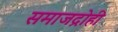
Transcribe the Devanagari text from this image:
समाजद्रोही